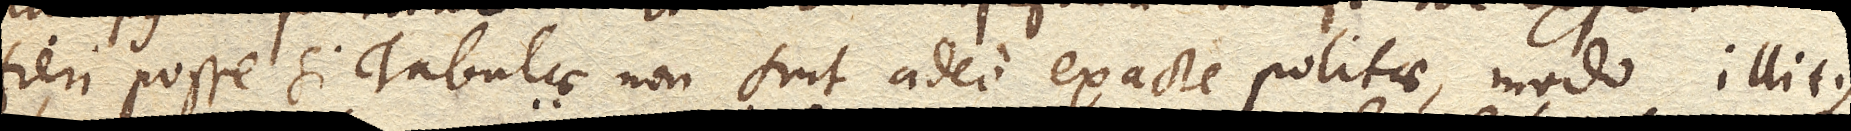
fieri posse si Tabulae non sint adeo exacte politae, modo illitus